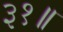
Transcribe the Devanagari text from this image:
३१॥